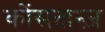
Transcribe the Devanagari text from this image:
कोंसतान्ज़